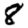
Digit: 8